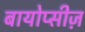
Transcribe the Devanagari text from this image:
बायोप्सीज़